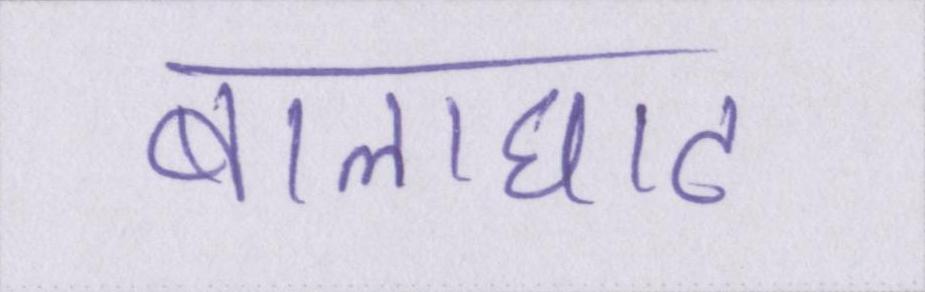
बालाघाट